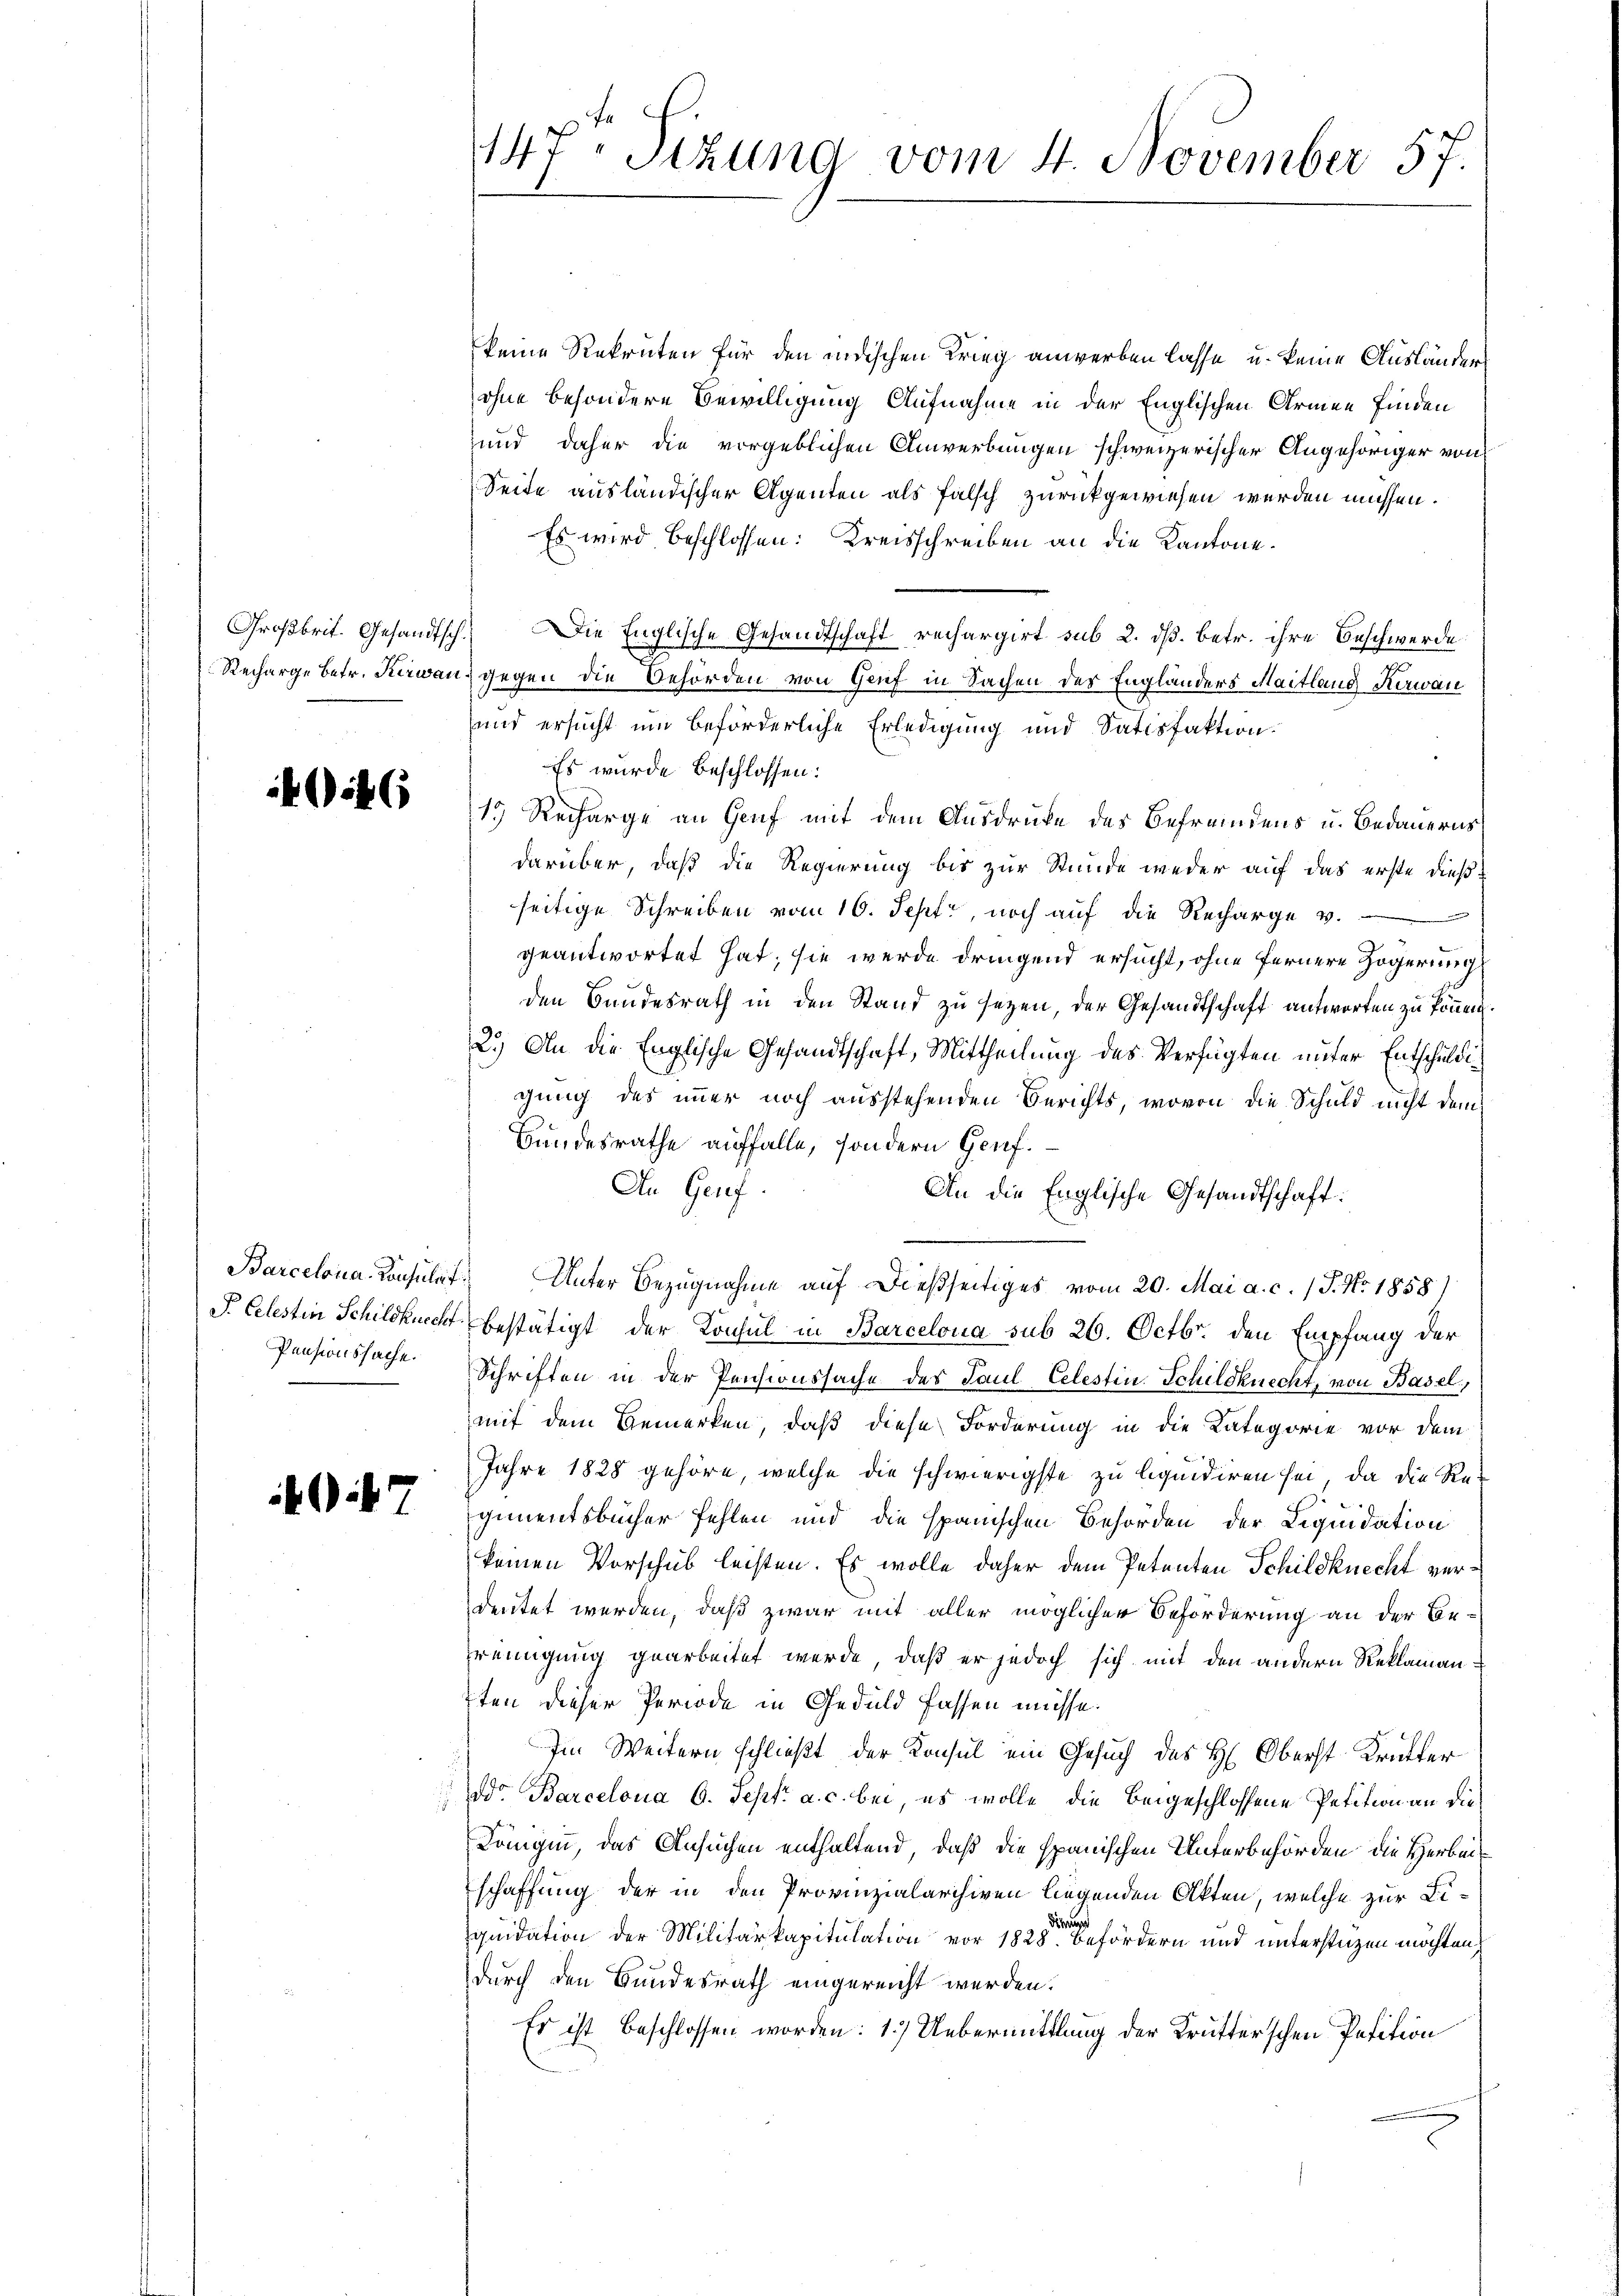
it (

Pensionssache.

G 47

147. Sizung vom 4. November 57.

keine Rekruten für den indischen Krieg anwerben lasse, u. keine Ausländer
ohne besondere Bewilligung Aufnahme in der Englischen Armen finden
und daher die vorgeblichen Anwerbungen schweizerischer Angehöriger von
Seite ausländischer Agenten als falsch zurückgewiesen werden müssen.
Es wird beschlossen: Kreisschreiben an die Kantone.
Großbrit. Gesandtsch. Die Englische Gesandtschaft rechargirt sub 2. ds. betr. ihre Beschwerde
Recharge betr. Kerwand gegen die Behörden von Genf in Sachen der Engländers Maitland Kerwan
und ersucht um beförderliche Erledigung und Satisfaktion.
Es wurde beschlossen:
19 Recharge an Genf mit dem Ausdrucke des Befremdens u. Bedauerns
darüber, daß die Regierung bis zur Stunde weder auf das erste dießseitige Schreiben vom 10. Sept, noch auf die Recharge v.
geantwortet hat; sie werde dringend ersucht, ohne fernere Zögerung
den Bundesrath in den Stand zu sezen, der Gesandtschaft antworten zu können.
2.) An die Englische Gesandtschaft, Mittheilung des Verfügten unter Entschuldig
gung des immer noch ausstehenden Berichts, wovon die Schuld nicht dem
Bundesrathe auffalle, sondern Genf.
An Genf.
An die Englische Gesandtschaft:
.
Barcelona Consulat. Unter Bezugnahme auf dießseitiges vom 20. Mai a. c. / J. No. 1858)
P. Celestin Schildknecht bestätigt der Konsul in Barcelona sub 26. Octbr. den Empfang der
Schriften in der Pensionssache des Paul Celestin Schildknecht, von Basel,
mit dem Bemerken, daß diese Forderung in die Kategorie vor dem
Jahre 1828 gehöre, welche die schwierigste zu liquidiren sei, da die Re-
gimentsbücher fehlen und die spanischen Behörden der Liquidation
keinen Vorschub leisten. Es wolle daher dem Petenten Schildknecht verdeutet werden, daß zwar mit aller möglicher Beförderung an der Bereinigung gearbeitet werde, daß er jedoch sich mit den andern Reklaman¬
7ten dieser Periode in Geduld fassen müsse.
Im Weitern schließt der Konsul ein Gesuch des H. Oberst Krütter
dd. Barcelona 6. Sept. a. c. bei, es wolle die beigeschlossene Petition an die
Königin, das Ansuchen enthaltend, daß die spanischen Unterbehörden die Herbeit
schaffung der in den Provinzialarchiven liegenden Akten, welche zur Liquidation der Militärkapitulation vor 1828 Befördern und unterstüzen möchten,
durch den Bundesrath eingereicht werden.
Es ist beschlossen worden: 1.) Uebermittlung der Krutterschen Petition